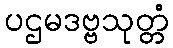
ပဌမဒဗ္ဗသုတ္တံ